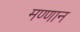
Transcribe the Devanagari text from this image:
मण्णान